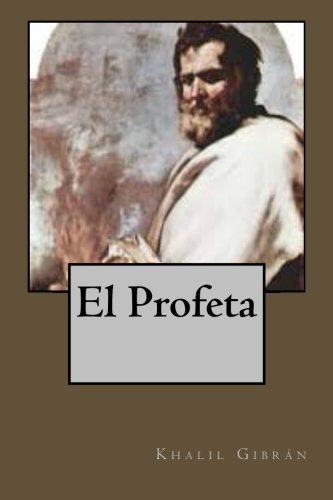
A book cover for El Profeta (Spanish Edition); Khalil GibrÃ¡n; Teen & Young Adult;